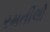
રમતીલો